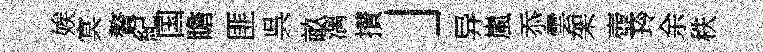
娭㝠贅紀国瞻匪呉畝漓攅」异嵐忝雲架壺玲余秩